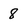
Character: 8